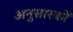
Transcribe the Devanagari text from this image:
अनुसारकों